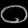
Digit: ၀